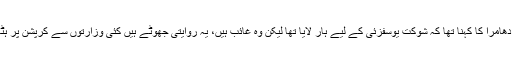
عاجز دھامرا کا کہنا تھا کہ شوکت یوسفزئی کے لیے ہار لایا تھا لیکن وہ غائب ہیں، یہ روایتی جھوٹے ہیں کئی وزارتوں سے کرپشن پر ہٹایا گیا۔